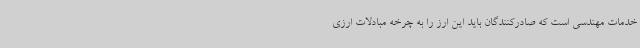
خدمات مهندسی است که صادرکنندگان باید این ارز را به چرخه مبادلات ارزی